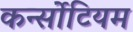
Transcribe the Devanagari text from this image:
कर्न्सोटियम